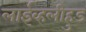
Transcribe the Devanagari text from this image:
लाईव्हलीहुड